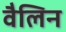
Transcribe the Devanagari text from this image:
वैलिन